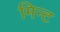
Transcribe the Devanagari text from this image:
मिन्‍ट